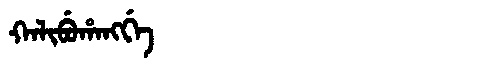
Manchu: ᡴᠠᠯᡳᠪᡠᡥᠠᠩᡤᡝ
Romanization: KALIBUHANGGE